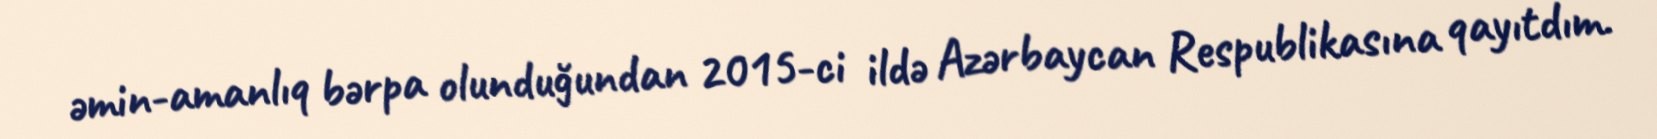
əmin-amanlıq bərpa olunduğundan 2015-ci ildə Azərbaycan Respublikasına qayıtdım.